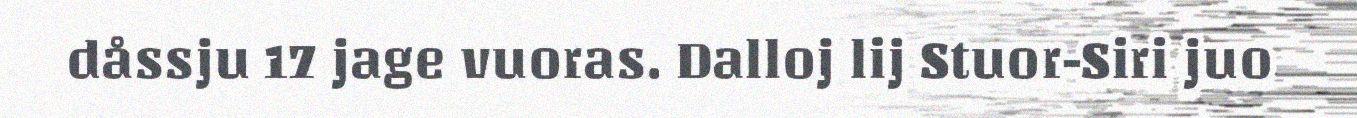
dåssju 17 jage vuoras. Dalloj lij Stuor-Siri juo